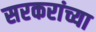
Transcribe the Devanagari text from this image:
सरकरांच्या